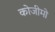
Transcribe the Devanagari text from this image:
कोजीमो